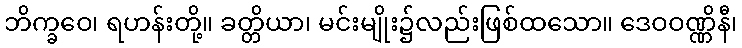
ဘိက္ခဝေ၊ ရဟန်းတို့။ ခတ္တိယာ၊ မင်းမျိုး၌လည်းဖြစ်ထသော။ ဒေဝဝဏ္ဏိနီ၊